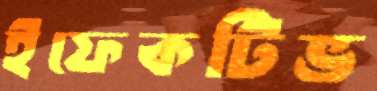
ইফেকটিভ